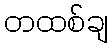
တထစ်ချ